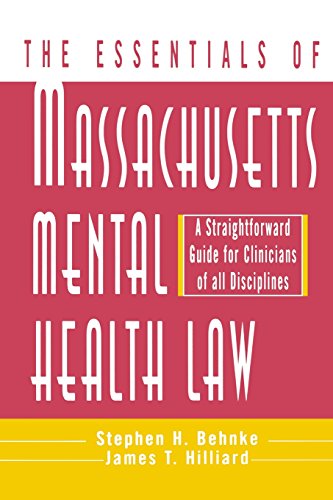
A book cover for The Essentials of Massachusetts Mental Health Law: A Straightforward Guide for Clinicians of All Disciplines (The Essentials of Series); Stephen H. Behnke; Law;